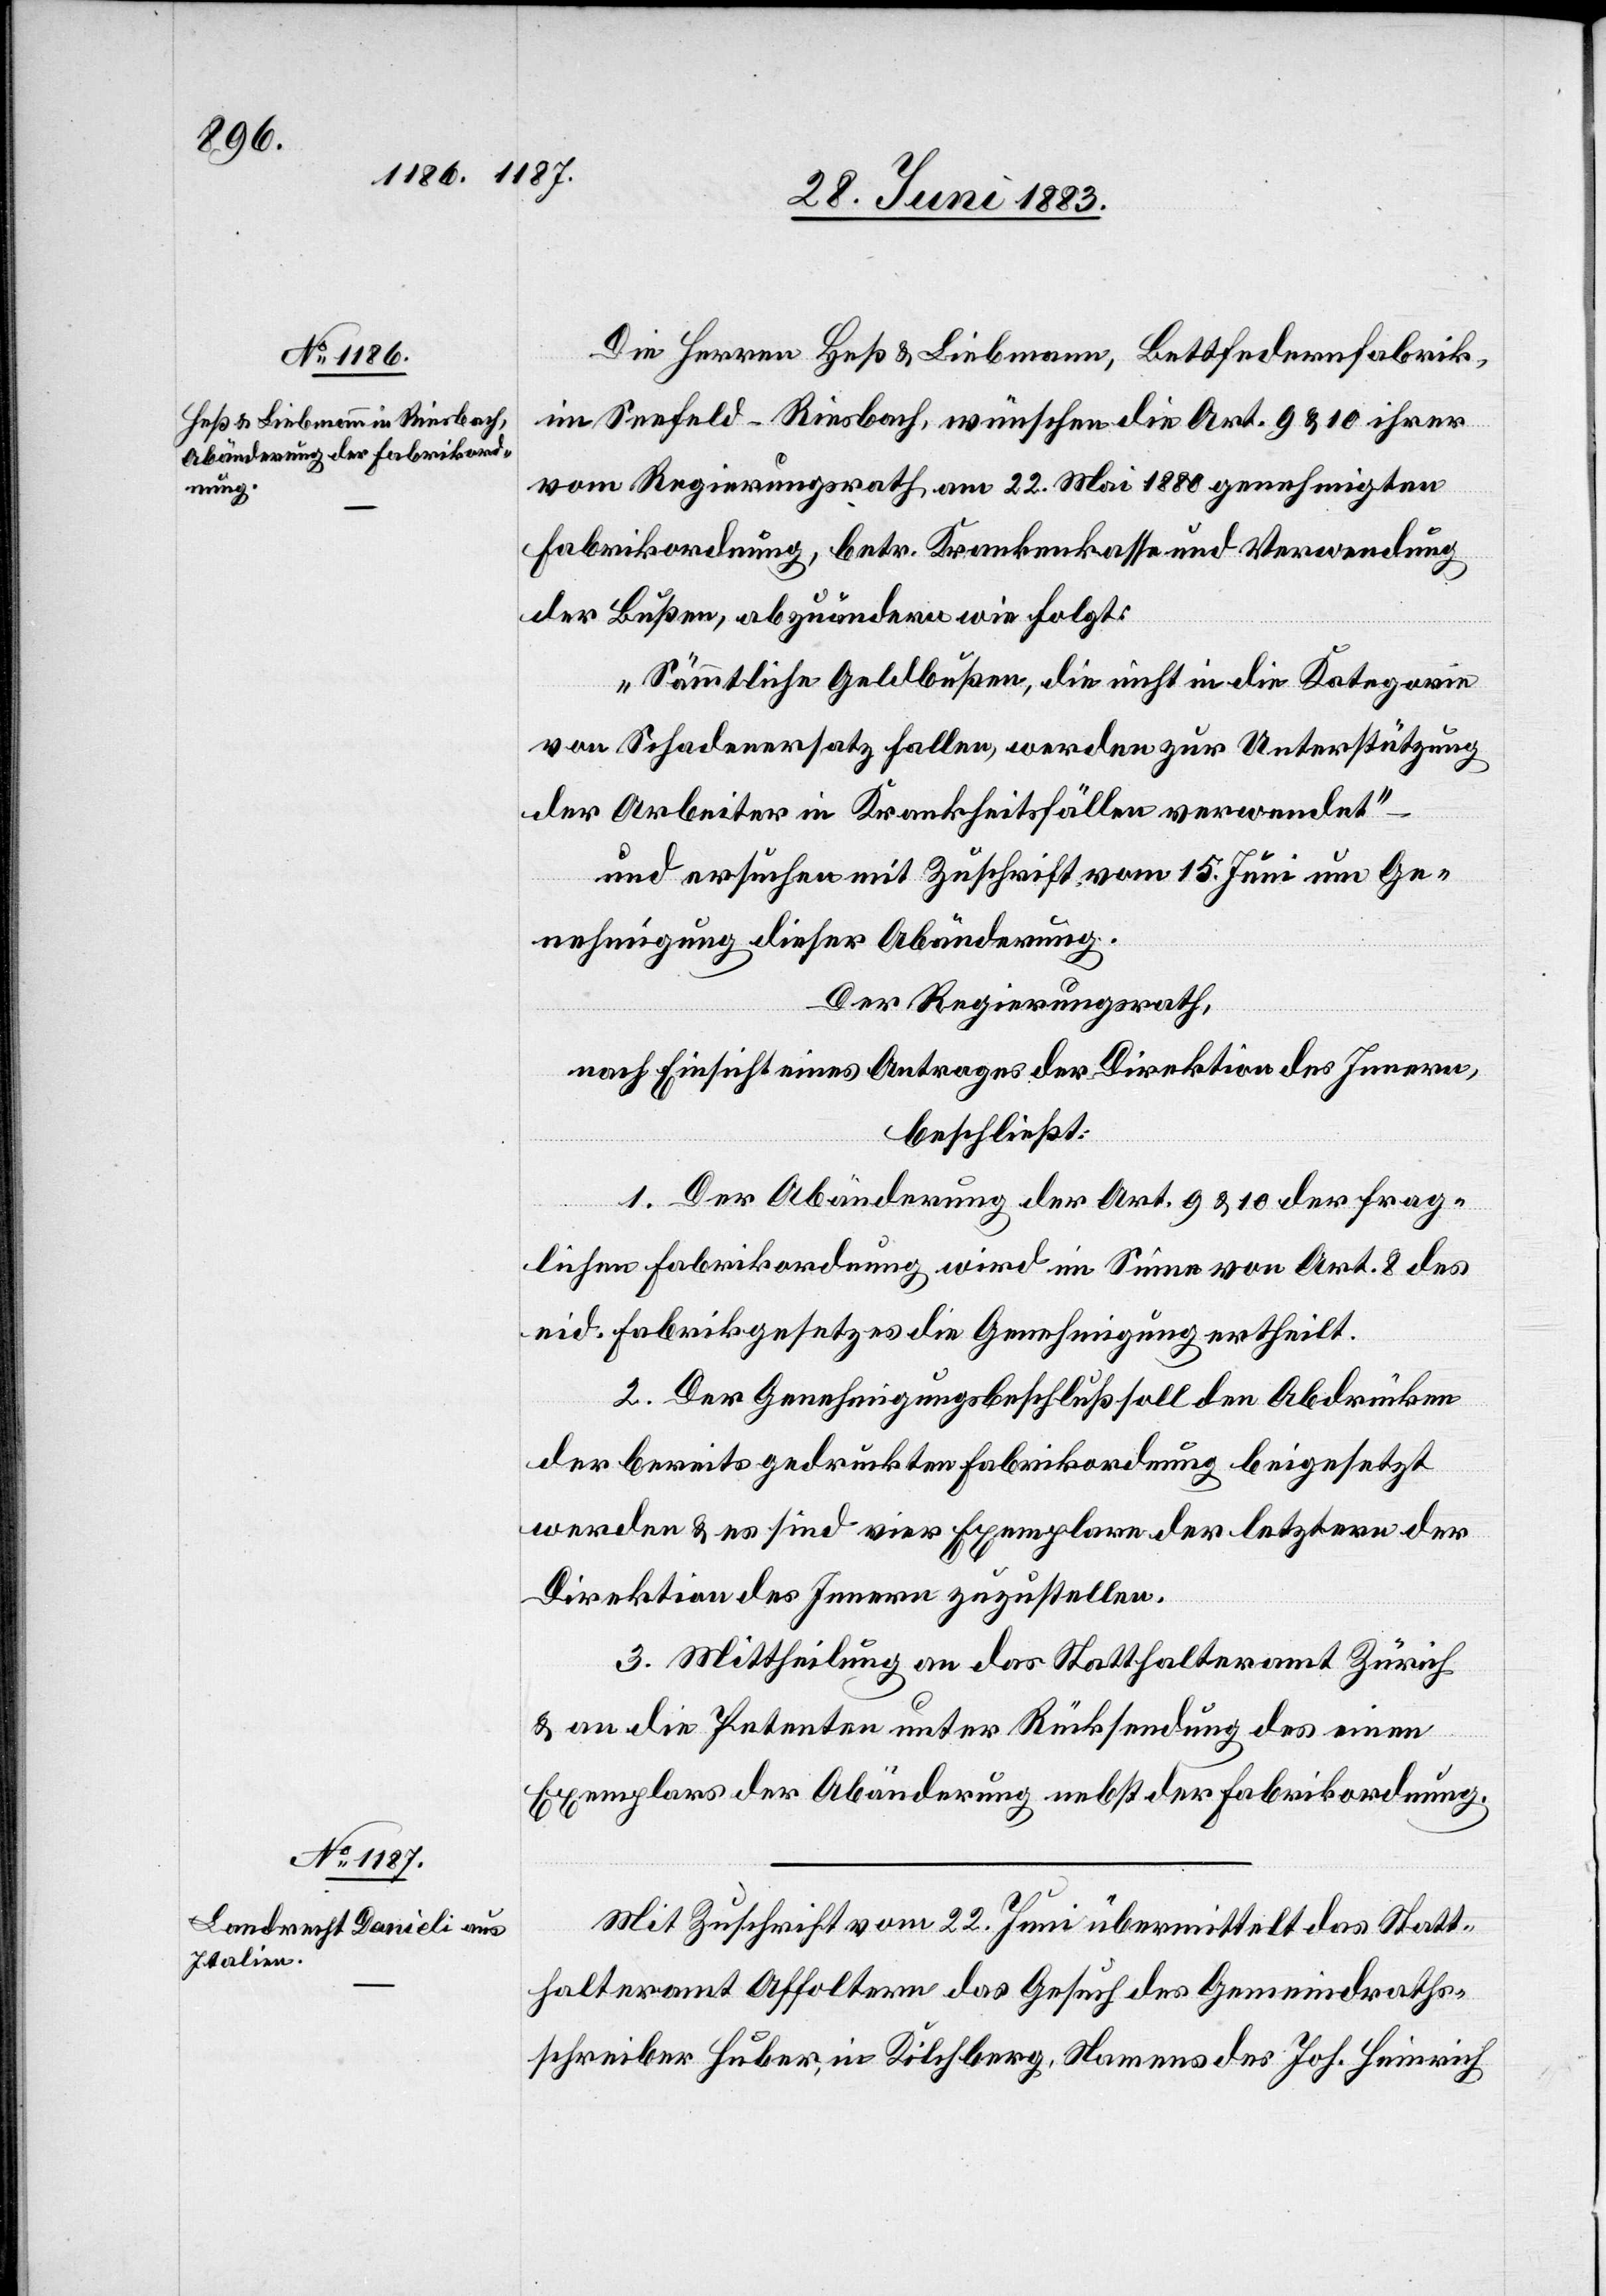
Die Herren Heß & Liebmann, Bettfedernfabrik,
im Seefeld - Riesbach, wünschen die Art. 9 & 10 ihrer
vom Regierungsrath am 22. Mai 1880 genehmigten
Fabrikordnung, betr. Krankenkasse und Verwendung
der Bußen, abzuändern wie folgt:
„Sämmtliche Geldbußen, die nicht in die Kategorie
von Schadenersatz fallen, werden zur Unterstützung
der Arbeiter in Krankheitsfällen verwendet“
und ersuchen mit Zuschrift vom 15. Juni um Ge¬
nehmigung dieser Abänderung.
Der Regierungsrath,
nach Einsicht eines Antrages der Direktion des Innern,
beschließt:
1. Der Abänderung der Art. 9 & 10 der frag¬
lichen Fabrikordnung wird im Sinne von Art. 8 des
eid. Fabrikgesetzes die Genehmigung ertheilt.
2. Der Genehmigungsbeschluß soll den Abdrücken
der bereits gedruckten Fabrikordnung beigesetzt
werden & es sind vier Exemplare der letztern der
Direktion des Innern zuzustellen.
3. Mittheilung an das Statthalteramt Zürich
& an die Petenten unter Rücksendung des einen
Exemplars der Abänderung nebst der Fabrikordnung.
Mit Zuschrift vom 22. Juni übermittelt das Statt¬
halteramt Affoltern das Gesuch des Gemeindraths¬
schreiber Huber, in Kilchberg, Namens des Joh. Heinrich